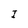
Character: I